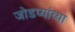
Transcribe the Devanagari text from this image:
जोडप्यांच्या